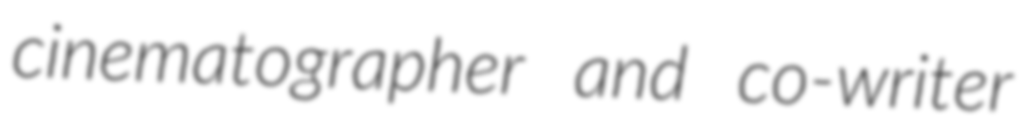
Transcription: cinematographer and co-writer